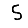
Digit: 5